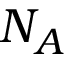
N _ { A }